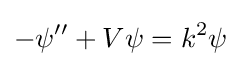
-\psi ''+V\psi =k^{2}\psi